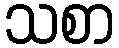
သစာ